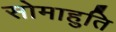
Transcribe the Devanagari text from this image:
सोमाहुति